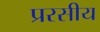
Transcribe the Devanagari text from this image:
प्ररसीय